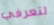
لتعرفي